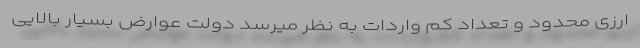
ارزی محدود و تعداد کم واردات به نظر میرسد دولت عوارض بسیار بالایی